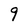
Character: 9